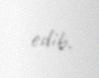
edib.